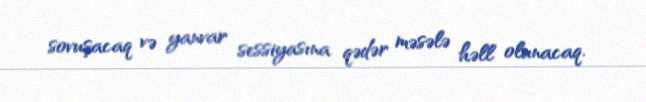
sovuşacaq və yanvar sessiyasına qədər məsələ həll olunacaq.